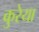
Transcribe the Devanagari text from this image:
कुरेया